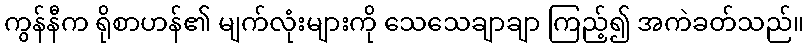
ကွန်နီက ရိုစာဟန်၏ မျက်လုံးများကို သေသေချာချာ ကြည့်၍ အကဲခတ်သည်။